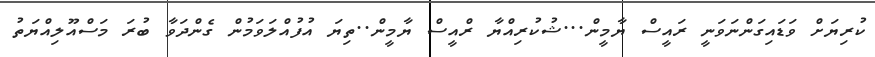
ކުރިޔަށް ވަޑައިގަންނަވަނީ ރައީސް ޔާމީން...ޝުކުރިއްޔާ ރްއީސް ޔާމީން..ތިޔަ އުފުއްލަވަމުން ގެންދަވާ ބުރަ މަސްއޫލިއްޔަތު